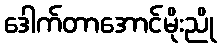
ဒေါက်တာအောင်မိုးညို